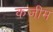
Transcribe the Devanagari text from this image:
कजीम